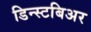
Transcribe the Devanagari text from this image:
डिन्स्टबिअर